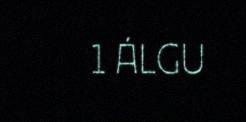
1 ÁLGU